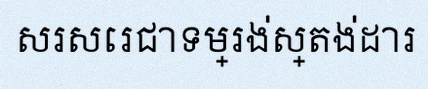
សរសេរជាទម្រង់ស្តង់ដារ